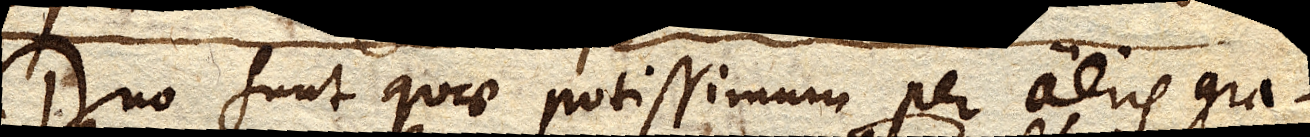
Duo sunt quae potissimum per aeris gra–